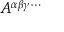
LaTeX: A ^ { \alpha \beta \gamma \cdots }